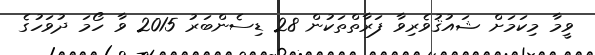
ވީމާ މިކަމަށް ޝައުޤުވެރިވާ ފަރާތްތަކުން 28 ޑިސެންބަރު 2015 ވާ ހޯމަ ދުވަހުގެ